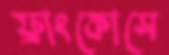
ফ্রাংকোসে